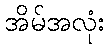
အိမ်အလုံး